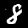
Label: 8